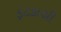
ફટકાથી